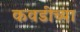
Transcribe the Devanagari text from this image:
कवडीच्या